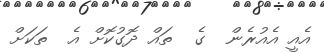
އެއީ އެއުރެން  ގެ  ތައް ދޮގުކޮށް އެ  ތަކަށް